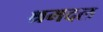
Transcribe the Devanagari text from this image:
श्रमदल